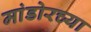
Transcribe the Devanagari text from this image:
मांडोरच्या